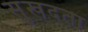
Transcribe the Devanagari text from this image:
सुखदता